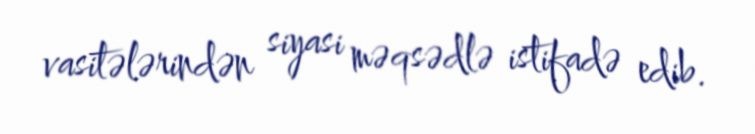
vasitələrindən siyasi məqsədlə istifadə edib.